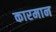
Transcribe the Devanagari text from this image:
कारमान